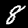
Digit: 8